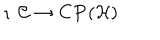
\iota \colon { \cal C } \rightarrow { \bf C P } ( { \cal H } )